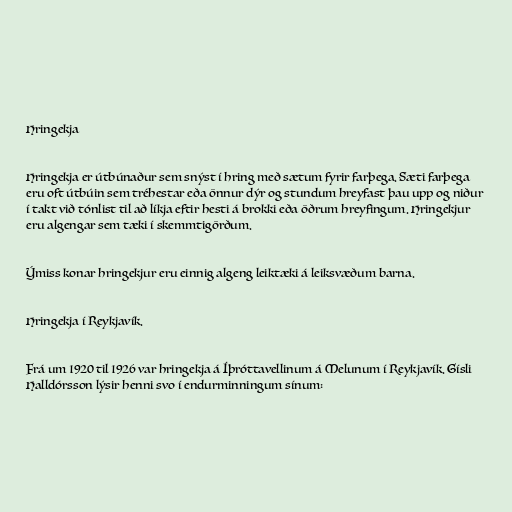
Hringekja

Hringekja er útbúnaður sem snýst í hring með sætum fyrir farþega. Sæti farþega
eru oft útbúin sem tréhestar eða önnur dýr og stundum hreyfast þau upp og niður
í takt við tónlist til að líkja eftir hesti á brokki eða öðrum hreyfingum. Hringekjur
eru algengar sem tæki í skemmtigörðum.

Ýmiss konar hringekjur eru einnig algeng leiktæki á leiksvæðum barna.

Hringekja í Reykjavík.

Frá um 1920 til 1926 var hringekja á Íþróttavellinum á Melunum í Reykjavík. Gísli
Halldórsson lýsir henni svo í endurminningum sínum: